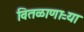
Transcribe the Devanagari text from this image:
वितळाणाऱ्या